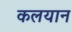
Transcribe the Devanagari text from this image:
कलयान